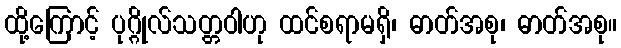
ထို့ကြောင့် ပုဂ္ဂိုလ်သတ္တဝါဟု ထင်စရာမရှိ၊ ဓာတ်အစု၊ ဓာတ်အစု။